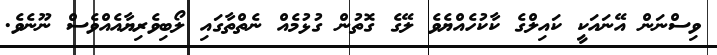
ވިސްނަން އޭނައަކީ ކައިލްގެ ކާކުހެއްޔެވެ ލޭގެ ގޮތުން ގުޅުމެއް ނެތްތާގައި ލޯބިވެރިޔާއެއްވެސް ނޫނެވެ.